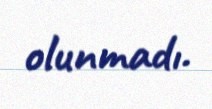
olunmadı.